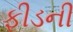
ફીડની